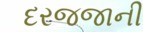
દરજજાની